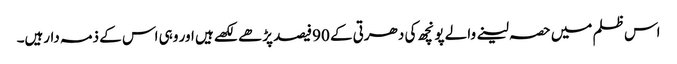
اس ظلم میں حصہ لینے والے پونچھ کی دھرتی کے 90فیصد پڑھے لکھے ہیں اور وہی اس کے ذمہ دارہیں۔